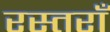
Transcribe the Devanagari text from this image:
रस्तराँ